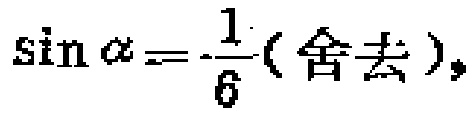
\(\sin \alpha = -\frac{1}{6}(\text{舍去})\)